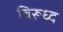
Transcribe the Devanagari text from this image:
विरूध्‍द